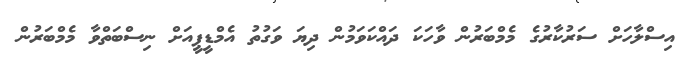
އިސްލާހަށް ސަރުކާރުގެ މެމްބަރުން ވާހަކަ ދައްކަވަމުން ދިޔަ ވަގުތު އެމްޑީޕީއަށް ނިސްބަތްވާ މެމްބަރުން